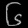
Digit: ၆